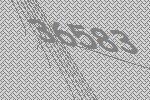
36583